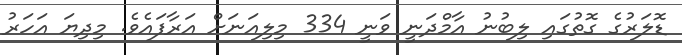
ޑޮލަރުގެ ގޮތުގައި ލިބުނު އާމްދަނީ ވަނީ 334 މިލިއަނަށް އަރާފައެވެ. މިދިޔަ އަހަރު